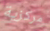
مركزية